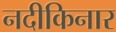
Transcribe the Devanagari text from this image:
नदीकिनार